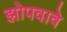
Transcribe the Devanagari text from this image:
झोपवावे